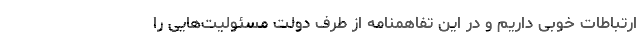
ارتباطات خوبی داریم و در این تفاهمنامه از طرف دولت مسئولیت‌هایی را